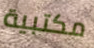
مكتبية